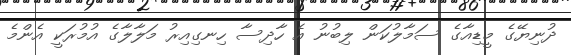
ދުނިޔޭގެ މީޑިއާގެ ސަމާލުކަން ލިބުނު އެ ހާދިސާ ހިނގިއިރު މަލާލާގެ އުމުރަކީ އެންމެ